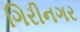
ગિરીનગર